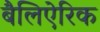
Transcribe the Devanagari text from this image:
बैलिऐरिक